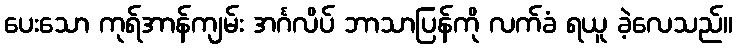
ပေးသော ကုရ်အာန်ကျမ်း အင်္ဂလိပ် ဘာသာပြန်ကို လက်ခံ ရယူ ခဲ့လေသည်။